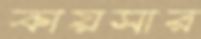
কায়সার